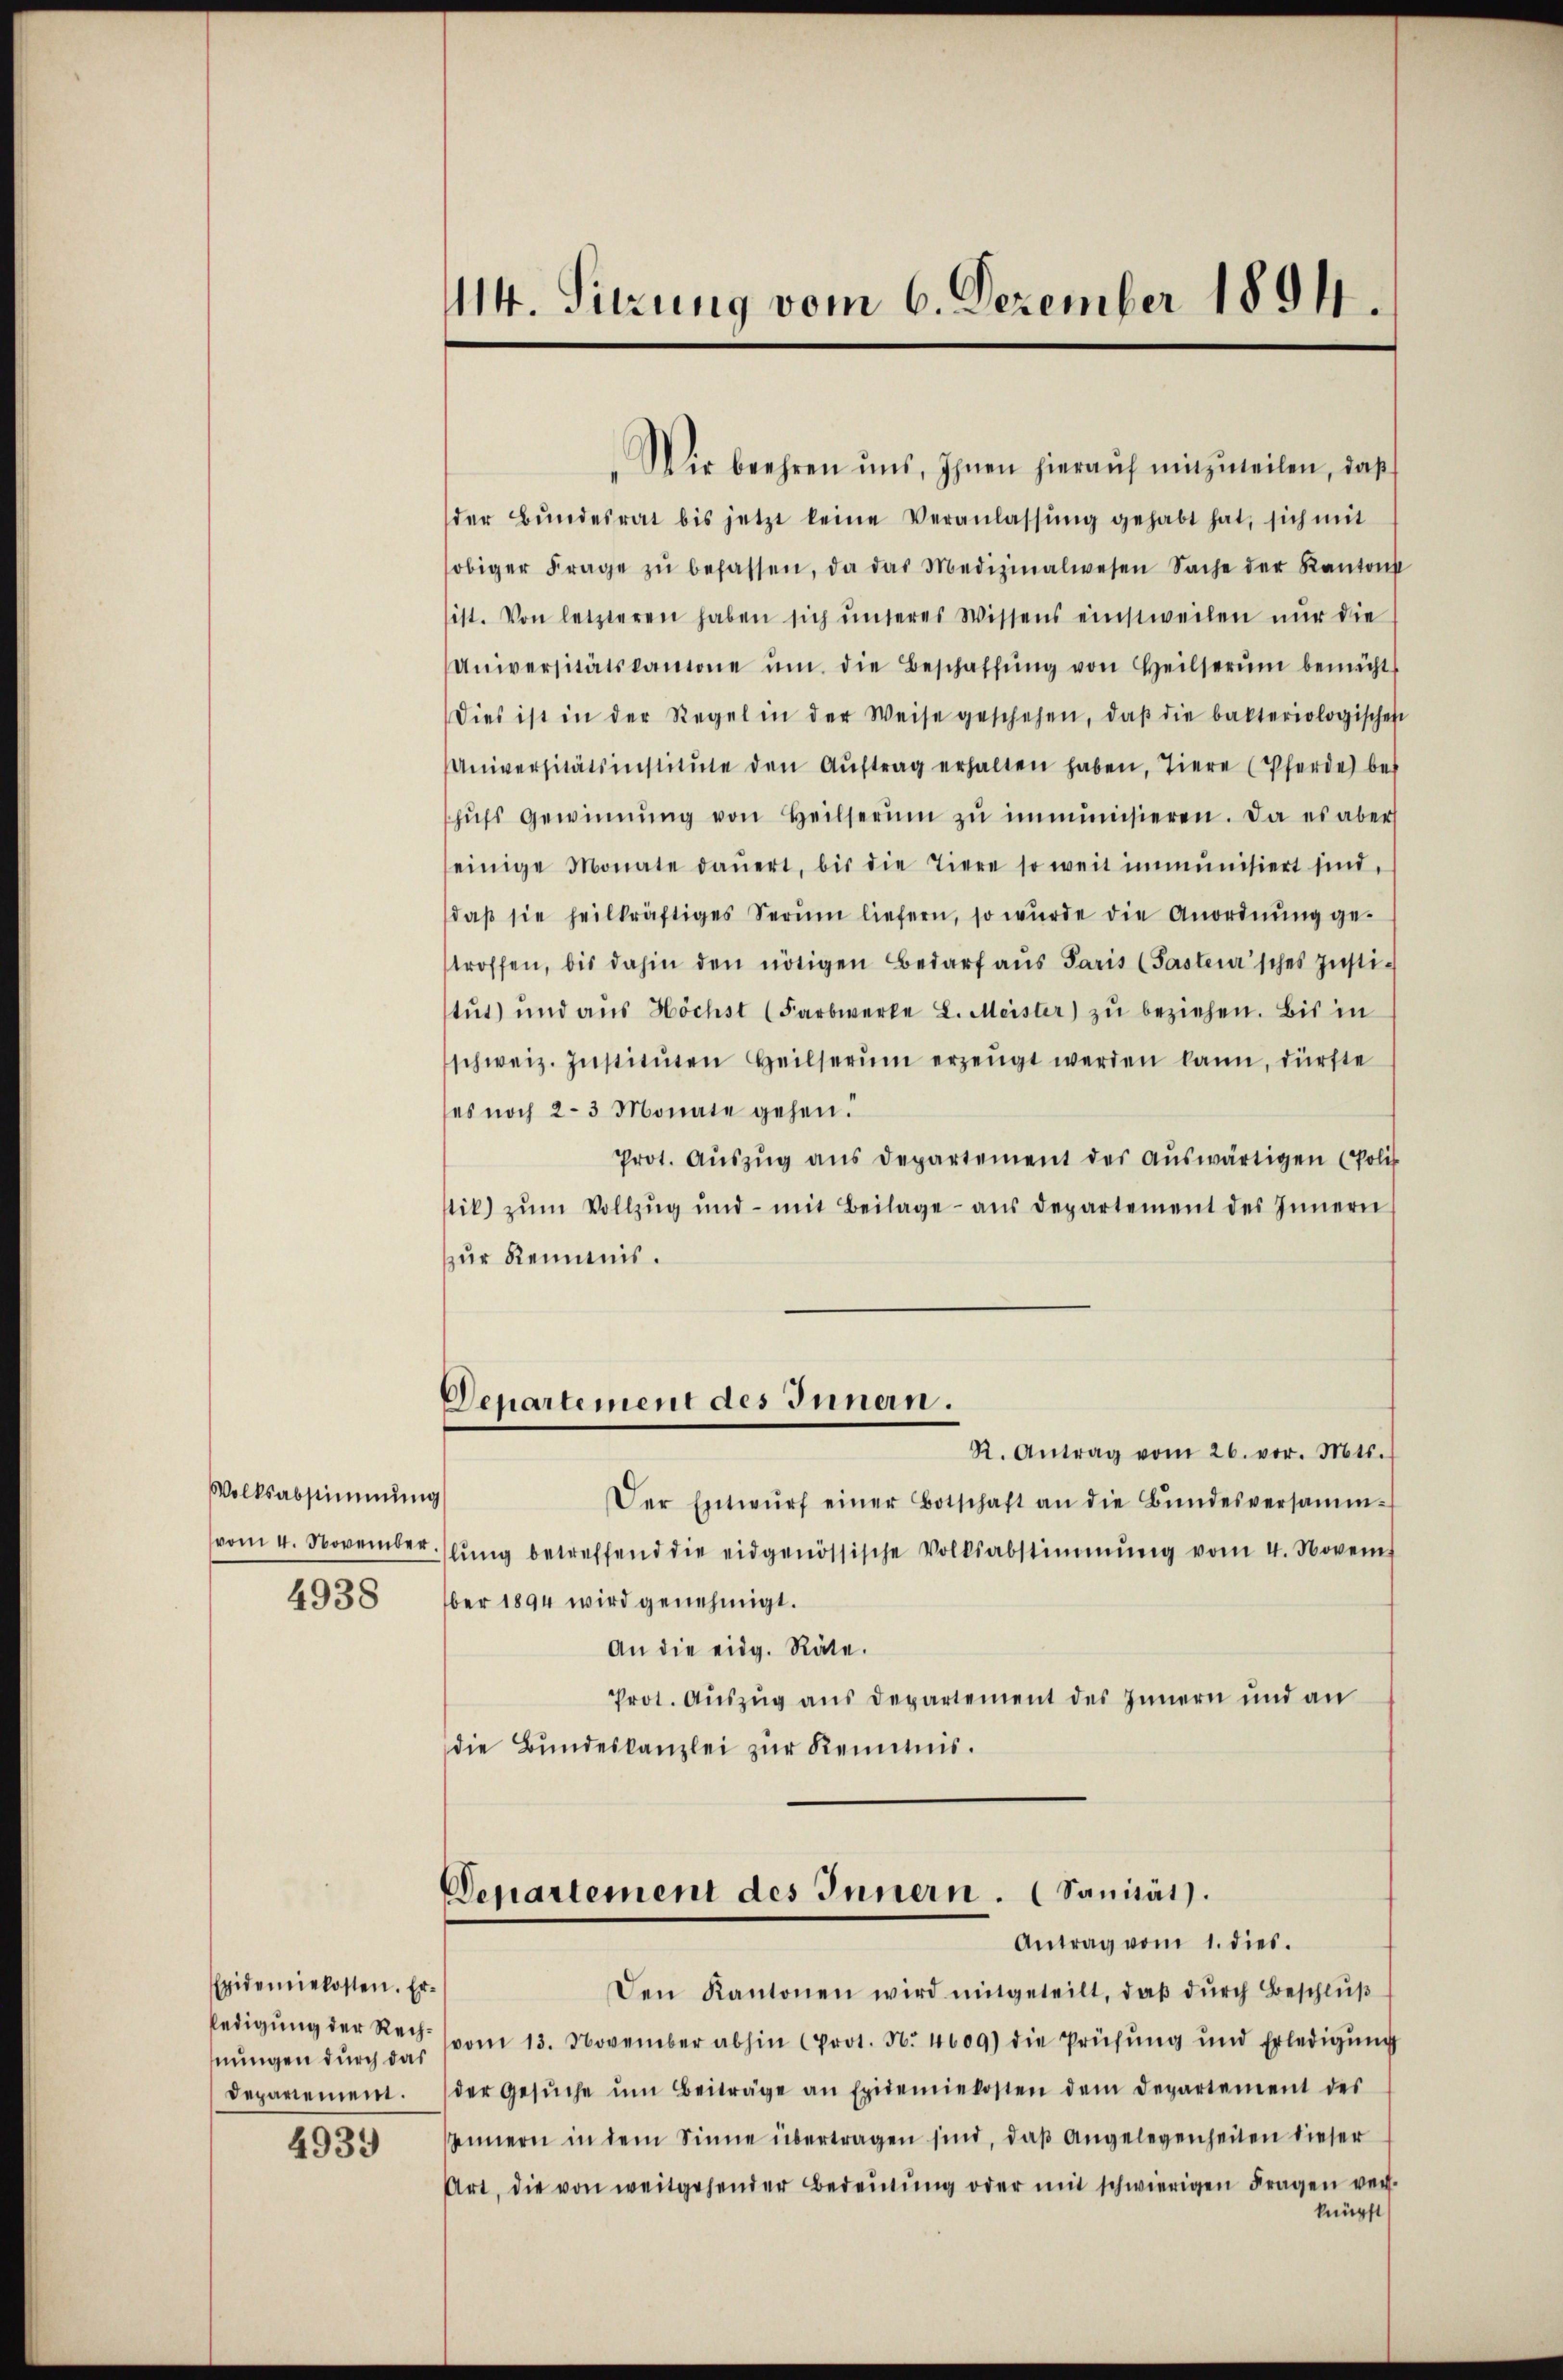
Volksabstimmung
vom 4. November.
4938

Epidemiekosten. Ernungen durch das
Depariemen.

4939

14. Sitzung vom 6. Dezember 1894.

Departement des Innern. (Sanität.
Antrag vom 1. dies

Den Kantonen wird mitgeteilt, daβ dŭrch Beschlŭβ
ledigŭng der Rech. (vom 13. November abhin (Prot. N. 4609) die Prüfung und Erledigŭng
der Gesŭche ŭm Beiträge an Epidemiekosten dem Departement des
sannern in dem Sinne übertragen sind, daβ Angelegenheiten dieser
Art, die von weitgehender Bedeŭtŭng oder mit schwierigen Fragen ver-
knüpft

Wir beehren uns, Ihnen hieraŭf mitzŭteilen, daß
der Bŭndesrat bis jetzt keine Veranlassŭng gehabt hat, sich mit
obiger Frage zŭ befassen, da das Medizinalwesen Sache der Kantons
sist. Von letzteren haben sich ŭnteres Wissens einstweilen nŭr die
Universitätskanone ŭm die Beschaffŭng von Heilserŭm bemüht
Dies ist in der Regel in der Weise geschehen, daβ die bakteriologisches
Universitätsinstitŭte den Aŭftrag erhalten haben, tiere (Pferde be-
hŭfs Gewinnung von Heilserŭm zŭ immunisieren. Da es aber
einige Monate daŭert, bis die Tiere so weit immunisiert sind,
daβ sie heilkräftiges Serŭm liefern, so wurde die Anordnŭng ge-
troffen, bis dahin den nötigen Bedarf aus Paris (Pastensches Institŭt) und aŭs Höchst (Farbwerke L. Meister) zŭ beziehen. Bis in
schweiz. Institŭten Heilserŭm erzeugt werden kann, dürfte
ses noch 2-3 Monate gehen.
Prot. Auszug aus Departement der auswärtigen (Polit
stik) zŭm Vollzŭg und mit Beilage aŭs departement des Innern
zur Renntnis.
Departement des Innern.
R. Antrag vom 26. vor. Mts.
Der Entwŭrf einer Botschaft an die Bŭndesversamm-
lŭng betreffend die eidgenössische Volksabstimmung vom 4. Novem
ber 1894 wird genehmigt.
An die eidg. Räte.
Prot. Auszug aus Departement des Innern und an
die Bundeskanzlei zur Kenntnis.